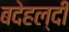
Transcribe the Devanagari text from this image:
बदेहल्दी